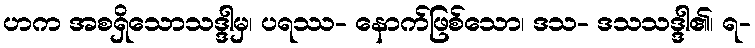
ဟက အစရှိသောသဒ္ဒါမှ၊ ပရဿ- နောက်ဖြစ်သော၊ ဒသ- ဒသသဒ္ဒါ၏၊ ရ-